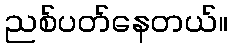
ညစ်ပတ်နေတယ်။